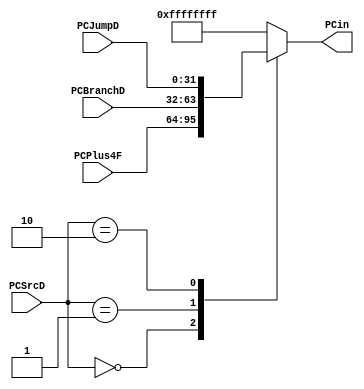
module mux4_1  
(
    input       wire        [31:0]      PCPlus4F,  
    input       wire        [31:0]      PCBranchD,
    input       wire        [31:0]      PCJumpD,
    input       wire        [1:0]       PCSrcD,
    output      reg         [31:0]      PCin
);

localparam normal = 2'b00,
           branch = 2'b01,
           jump   = 2'b10;

always @(*) 
begin
    case(PCSrcD)
        normal : PCin =  PCPlus4F;
        branch : PCin =  PCBranchD;
        jump   : PCin =  PCJumpD;
        default : PCin = 32'hFFFFFFFF;
    endcase    
end
endmodule